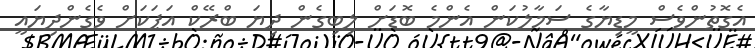
އެގޮތުންވެސް މީޑިޔާގެ ސަމާލުކަން އެންމެ ބޮޑަށް ލިބިގެން ދިޔަ ބްރޭކް އަޕަކަށް ވެގެންދިޔައީ